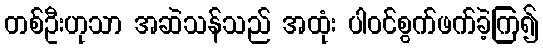
တစ်ဦးဟုသာ အဆဲသန်သည် အထုံး ပါဝင်စွက်ဖက်ခဲ့ကြ၍